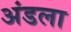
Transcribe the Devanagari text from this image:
अंडला